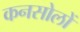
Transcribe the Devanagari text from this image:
कनसोलों